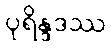
ပုရိန္ဒဒဿ